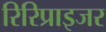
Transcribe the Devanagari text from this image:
रिरिप्राइजर